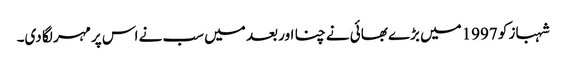
شہباز کو 1997میں بڑے بھائی نے چنا اور بعد میں سب نے اس پر مہر لگا دی۔